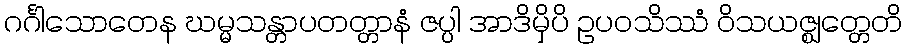
ဂင်္ဂါသောတေန ဃမ္မသန္တာပတတ္တာနံ ဇပ္ပါ အာဒိမှိပိ ဥပဝသိဿံ ဝိသယဇ္ဈတ္တေတိ